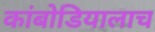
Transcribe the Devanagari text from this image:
कांबोडियालाच